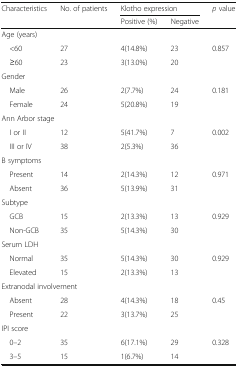
| <ROWSPAN=2> Characteristics | <ROWSPAN=2> No. of patients | <COLSPAN=2> Klotho expression | <ROWSPAN=2> p value |
 | Positive (%) | Negative |
 | --- | --- | --- | --- | --- |
 | <COLSPAN=5> Age (years) |
 | <60 | 27 | 4(14.8%) | 23 | <ROWSPAN=2> 0.857 |
 | ≥60 | 23 | 3(13.0%) | 20 |
 | <COLSPAN=5> Gender |
 | Male | 26 | 2(7.7%) | 24 | <ROWSPAN=2> 0.181 |
 | Female | 24 | 5(20.8%) | 19 |
 | <COLSPAN=5> Ann Arbor stage |
 | I or II | 12 | 5(41.7%) | 7 | <ROWSPAN=2> 0.002 |
 | III or IV | 38 | 2(5.3%) | 36 |
 | <COLSPAN=5> B symptoms |
 | Present | 14 | 2(14.3%) | 12 | <ROWSPAN=2> 0.971 |
 | Absent | 36 | 5(13.9%) | 31 |
 | <COLSPAN=5> Subtype |
 | GCB | 15 | 2(13.3%) | 13 | <ROWSPAN=2> 0.929 |
 | Non-GCB | 35 | 5(14.3%) | 30 |
 | <COLSPAN=5> Serum LDH |
 | Normal | 35 | 5(14.3%) | 30 | <ROWSPAN=2> 0.929 |
 | Elevated | 15 | 2(13.3%) | 13 |
 | <COLSPAN=5> Extranodal involvement |
 | Absent | 28 | 4(14.3%) | 18 | <ROWSPAN=2> 0.45 |
 | Present | 22 | 3(13.7%) | 25 |
 | <COLSPAN=5> IPI score |
 | 0–2 | 35 | 6(17.1%) | 29 | <ROWSPAN=2> 0.328 |
 | 3–5 | 15 | 1(6.7%) | 14 |